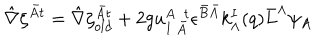
\hat { \nabla } \zeta ^ { \bar { A } t } = \hat { \nabla } \zeta _ { o l d } ^ { \bar { A } t } + 2 g u _ { I ~ \bar { A } } ^ { A ~ ~ t } \epsilon ^ { \bar { B } \bar { A } } k _ { \Lambda } ^ { I } ( q ) { \bar { L } } ^ { \Lambda } \psi _ { A }